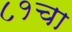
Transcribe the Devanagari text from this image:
८१चा